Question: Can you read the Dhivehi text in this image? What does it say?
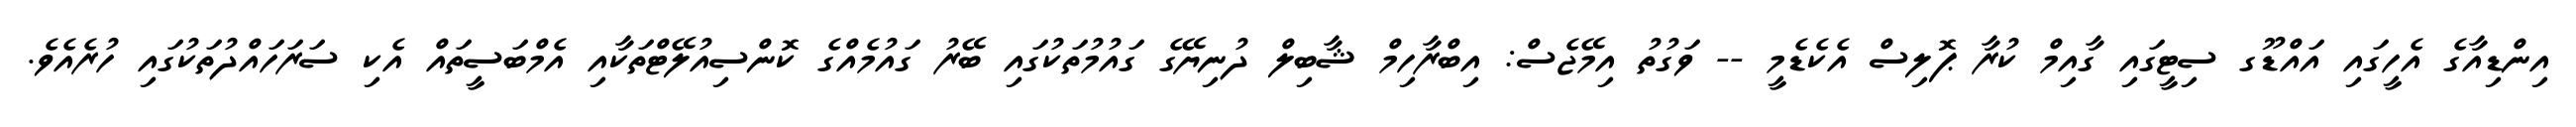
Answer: އިންޑިއާގެ އެހީގައި އައްޑޫގ ސިޓީގައި ގާއިމް ކުރާ ޕޮލިސް އެކެޑެމީ -- ވަގުތު އިމޭޖެސް: އިބްރާހިމް ޝާބިލް ދުނިޔޭގެ ގައުމުތަކުގައި ބޭރު ގައުމެއްގެ ކޮންސިއުލޭޓްތަކާއި އެމްބަސީތައް އެކި ސަރަހައްދުތަކުގައި ހުރެއެވެ.